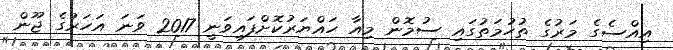
އިއްސެގެ މަރުގެ ތުހުމަތުގައި ސުމޮން މިއާ ހައްޔަރުކޮށްފައިވަނީ 2017 ވަނަ އަހަރުގެ ޖޫން